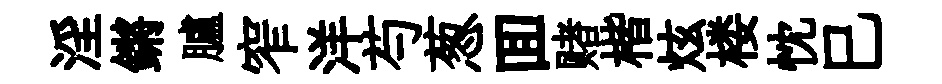
淫鏘臚窄洋芍葱囬赌楷炫楼忱巳